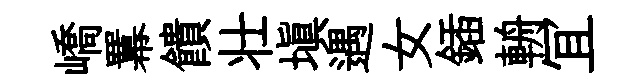
嶠羃饋壮塡遇女鍤輈冝